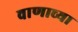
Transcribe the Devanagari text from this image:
वाणाच्या